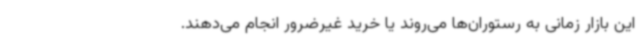
این بازار زمانی به رستوران‌ها می‌روند یا خرید غیرضرور انجام می‌دهند.